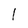
Character: l